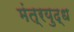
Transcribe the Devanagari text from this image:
मंत्रयुद्ध